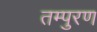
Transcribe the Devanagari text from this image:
तम्पुरण